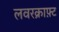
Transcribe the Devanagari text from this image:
लवरक्राफ़्ट